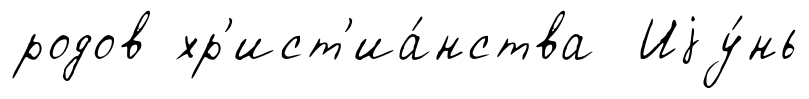
родов хр'ист'иа́нства Иjу́нь